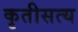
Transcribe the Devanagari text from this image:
कृतीसत्य